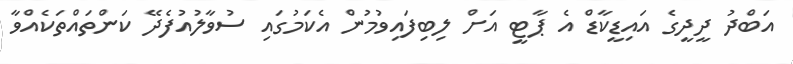
އަބްދު ދީދީގެ އައިޑީކާޑް އެ ޕާޓީ އަށް ލިބިފައިވުމުން އެކަމުގައި ސުވާލުއުފެދޭ ކަންތައްތަކެއްވާ